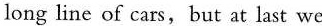
long line of cars,but at last we